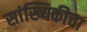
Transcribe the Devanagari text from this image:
सांख्यिकीचा